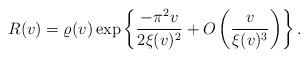
LaTeX: \begin{align*}R(v)=\varrho(v)\exp\left\{\frac{-\pi^2v}{2\xi(v)^2}+O\left(\frac{v}{\xi(v)^3}\right)\right\}.\end{align*}